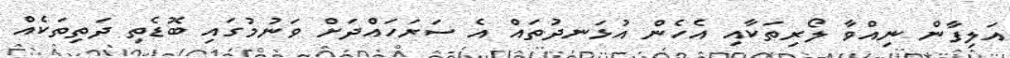
އަލިފާން ނިއްވާ ލޯރިތަކާއި އެހެން އުޅަނދުތައް އެ ސަރަހައްދަށް ވަނުމުގައި ބޮޑެތި ދަތިތަކެއް